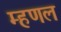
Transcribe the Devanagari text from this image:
म्‍हणल